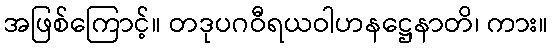
အဖြစ်ကြောင့်။ တဒုပဂဝီရယဝါဟနဋ္ဌေနာတိ၊ ကား။